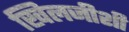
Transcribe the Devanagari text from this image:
खिलजीशी